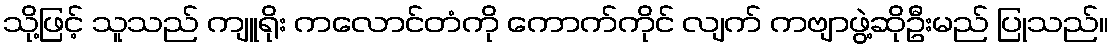
သို့ဖြင့် သူသည် ကျူရိုး ကလောင်တံကို ကောက်ကိုင် လျက် ကဗျာဖွဲ့ဆိုဦးမည် ပြုသည်။